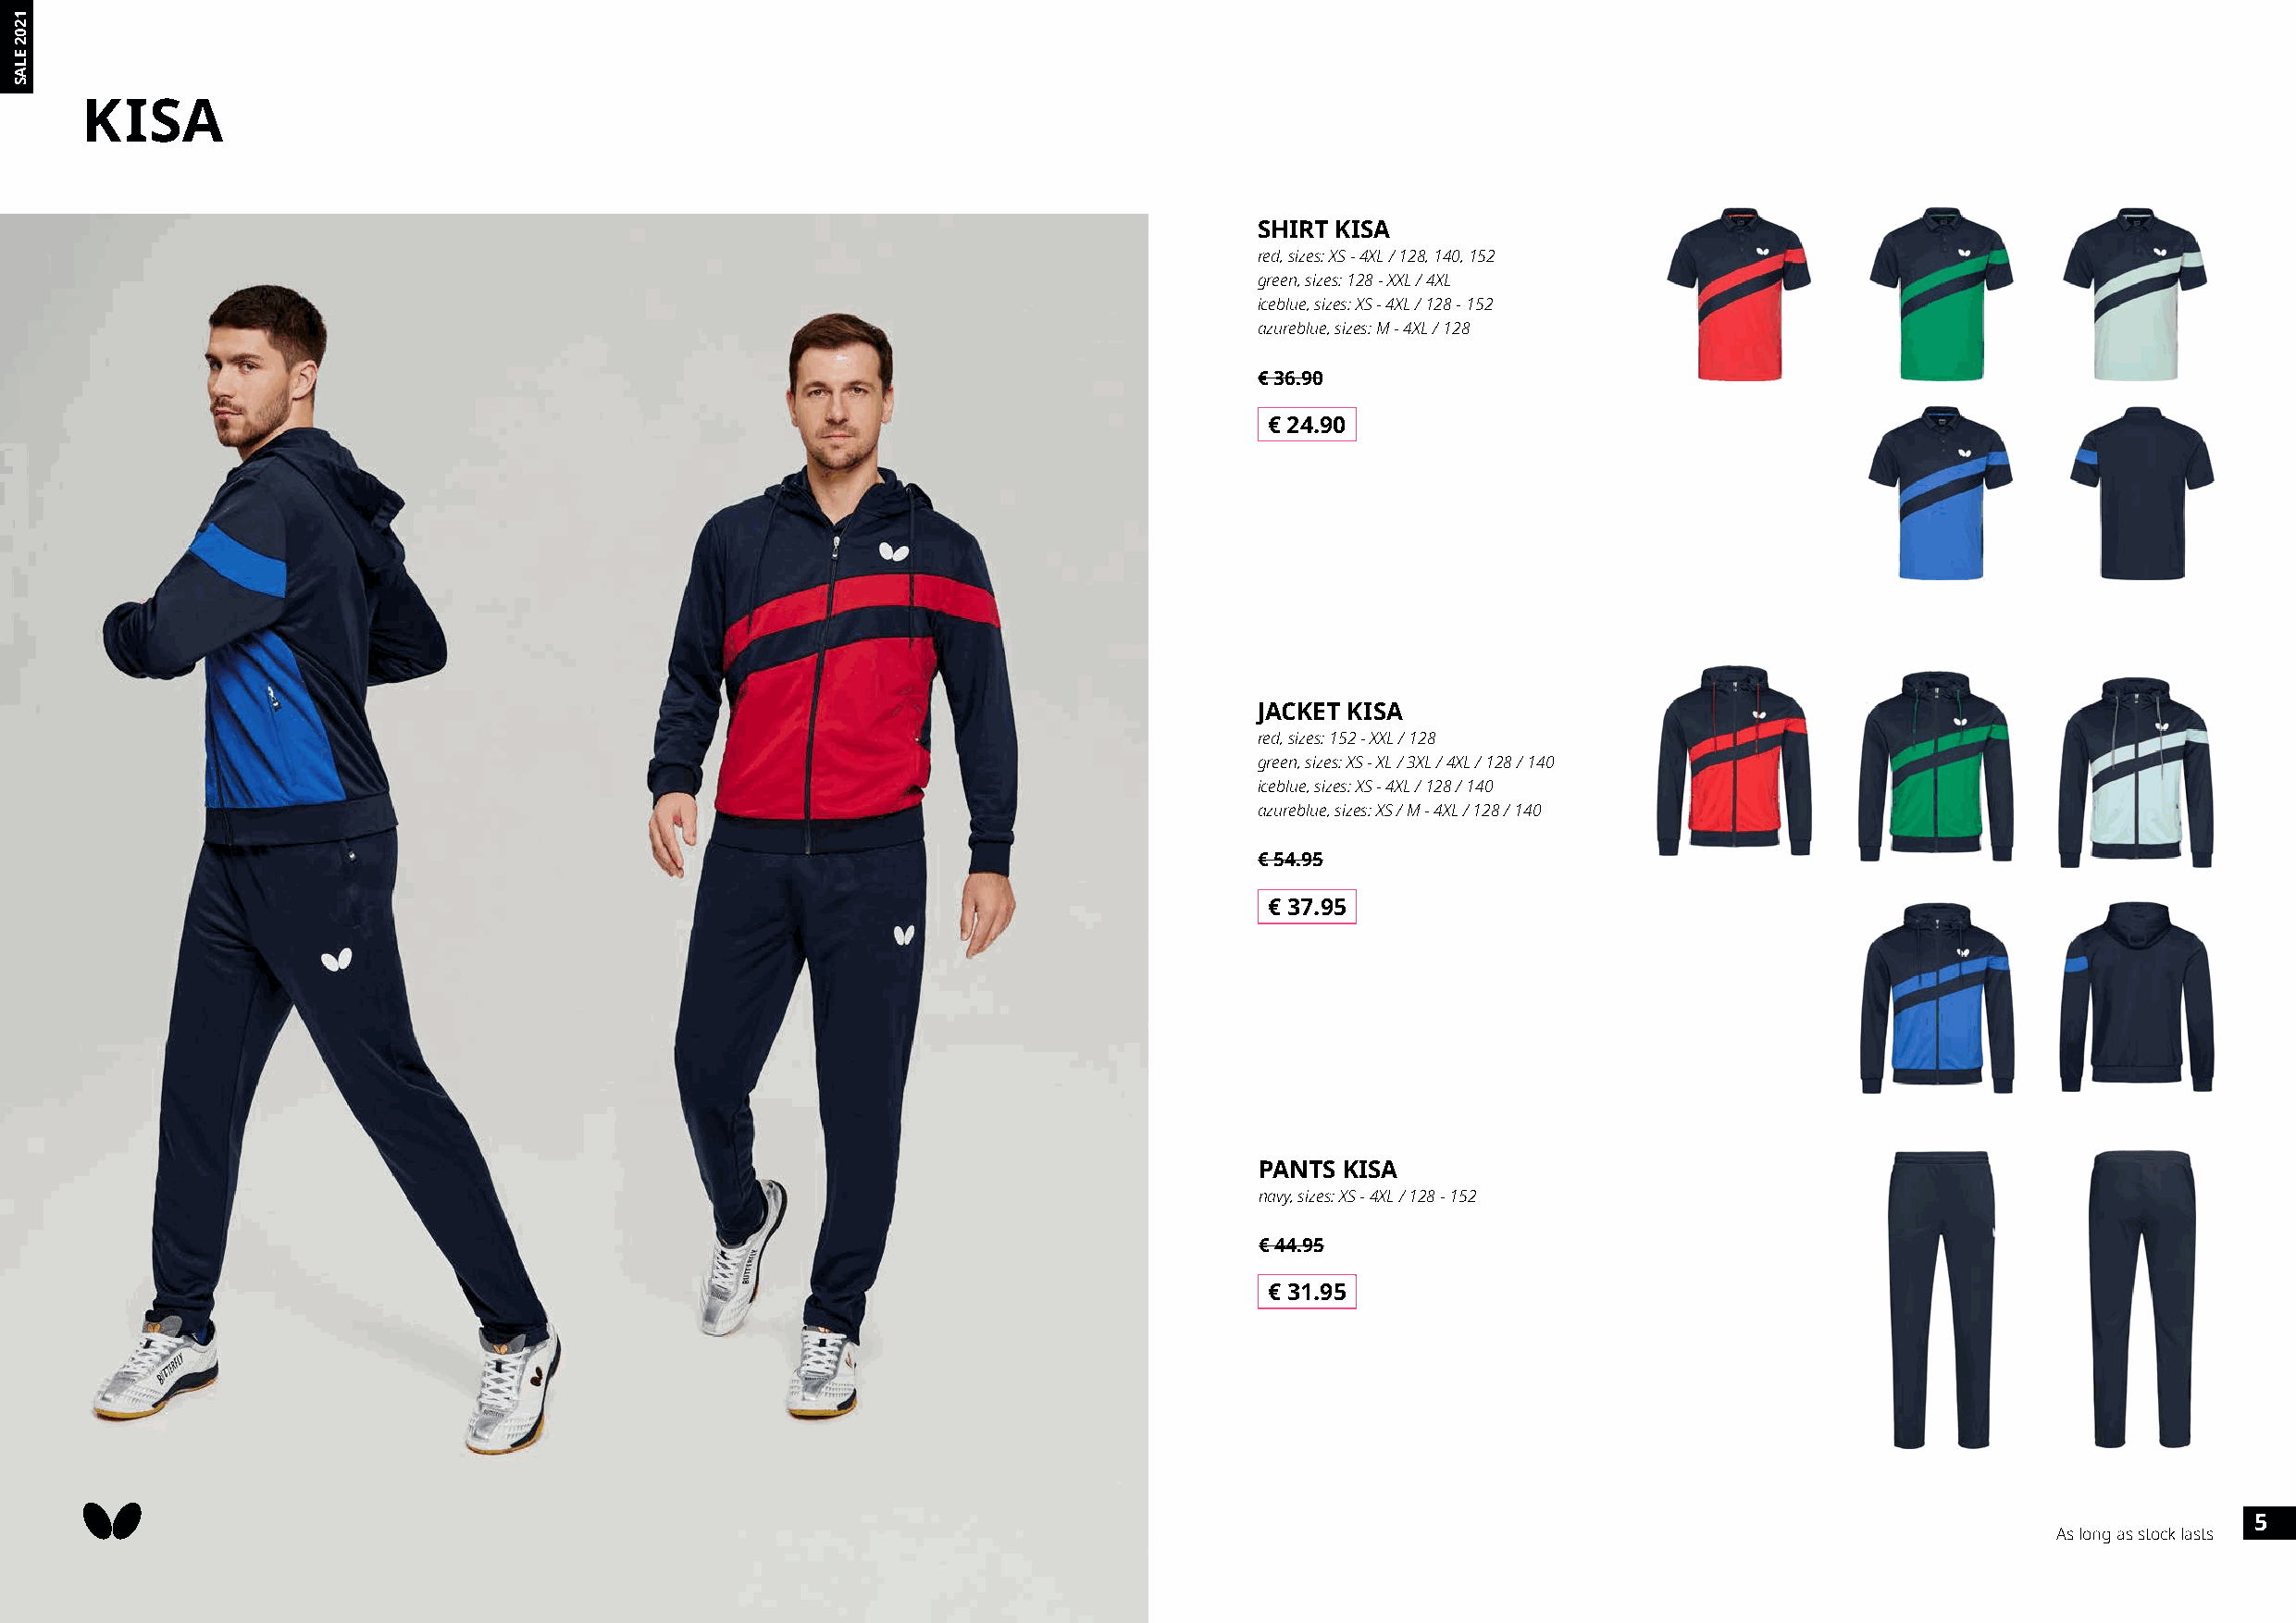
KISA
 SHIRT KISA
 red, sizes: XS - 4XL / 128, 140, 152
 green, sizes: 128 - XXL / 4XL
 iceblue, sizes: XS - 4XL / 128 - 152
 azureblue, sizes: M - 4XL / 128
 € 36.90
 € 24.90
 JACKET KISA
 red, sizes: 152 - XXL / 128
 green, sizes: XS - XL / 3XL / 4XL / 128 / 140
 iceblue, sizes: XS - 4XL / 128 / 140
 azureblue, sizes: XS / M - 4XL / 128 / 140
 € 54.95
 € 37.95
 PANTS KISA
 navy, sizes: XS - 4XL / 128 - 152
 € 44.95
 € 31.95
 5
 As long as stock lasts
 1202
 ELAS